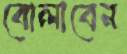
বোলাবেন